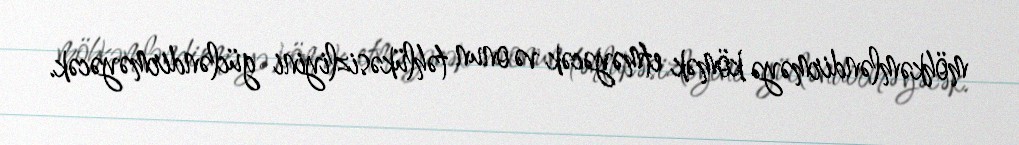
möhkəmləndirməyə kömək etməyəcək və onun təhlükəsizliyini gücləndirməyəcək.